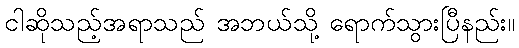
ငါဆိုသည့်အရာသည် အဘယ်သို့ ရောက်သွားပြီနည်း။